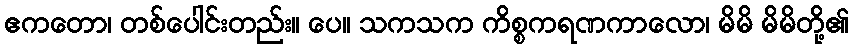
ဧကတော၊ တစ်ပေါင်းတည်း။ ပေ။ သကသက ကိစ္စကရဏကာလော၊ မိမိ မိမိတို့၏